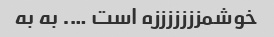
خوشمزززززززه است …. به به